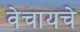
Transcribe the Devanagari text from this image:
वेचायचे